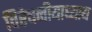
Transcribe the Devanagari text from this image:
विरेचनीयाध्याय